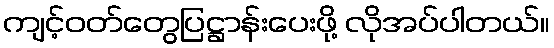
ကျင့်ဝတ်တွေပြဋ္ဌာန်းပေးဖို့ လိုအပ်ပါတယ်။